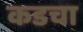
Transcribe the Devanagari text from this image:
कडचा